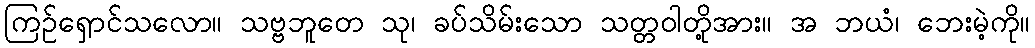
ကြဉ်ရှောင်သလော။ သဗ္ဗဘူတေ သု၊ ခပ်သိမ်းသော သတ္တဝါတို့အား။ အ ဘယံ၊ ဘေးမဲ့ကို။